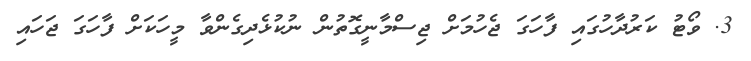
3. ވޯޓު ކަރުދާހުގައި ފާހަގަ ޖެހުމަށް ޖިސްމާނީގޮތުން ނުކުޅެދިގެންވާ މީހަކަށް ފާހަގަ ޖަހައި